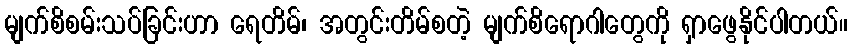
မျက်စိစမ်းသပ်ခြင်းဟာ ရေတိမ်၊ အတွင်းတိမ်စတဲ့ မျက်စိရောဂါတွေကို ရှာဖွေနိုင်ပါတယ်။